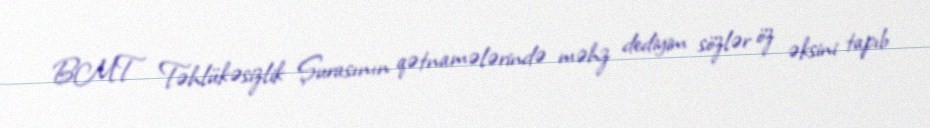
BMT Təhlükəsizlik Şurasının qətnamələrində məhz dediyim sözlər öz əksini tapıb